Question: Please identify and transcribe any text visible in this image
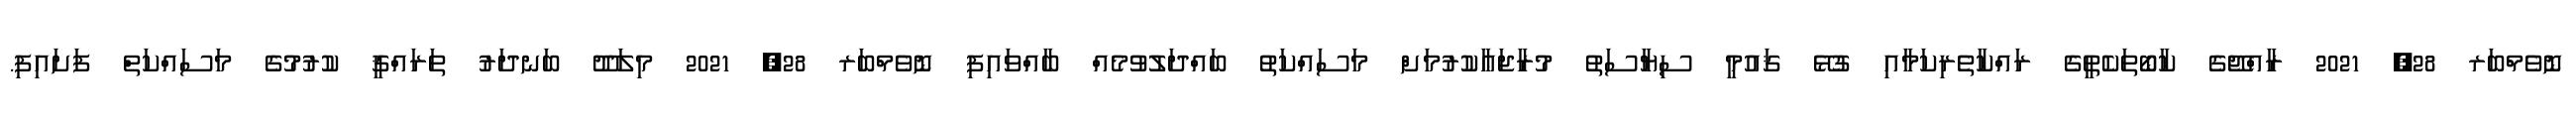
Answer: ނޮވެމްބަރ 28, 2021 ރާއްޖޭގެ ކާބޯތަކެތީގެ ރައްކާތެރިކަމާއި ގުޅޭ ޤައުމީ ސިޔާސަތު މުރާޖަޢާކުރުމަށް މަސައްކަތު ބައްދަލުވުމެއް ބާއްވައިފި ނޮވެމްބަރ 28, 2021 މިލަދޫ ބަނދަރު ތަރައްޤީ ކުރުމުގެ މަސައްކަތް ފަށައިފި.